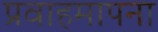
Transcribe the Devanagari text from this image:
प्रवाहमापना